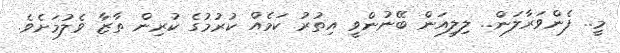
މީ.. ފެންވަރާލަން.. ލިލިއަން ބޭނުންވީ އިތުރު ކަމެއް ކުރުމުގެ ކުރިން ތާޒާ ވެލުމަށެވެ.